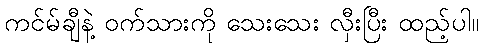
ကင်မ်ချီနဲ့ ဝက်သားကို သေးသေး လှီးပြီး ထည့်ပါ။